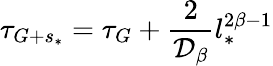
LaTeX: \tau_{G+s_{*}}=\tau_{G}+\frac{2}{\mathcal{D_{\beta}}}l_{*}^{2\beta-1}